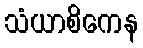
သံယာစိကေန